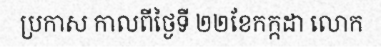
ប្រកាស កាលពីថ្ងៃទី ២២ខែកក្កដា លោក